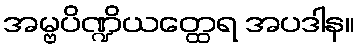
အမ္ဗပိဏ္ဍိယတ္ထေရ အပဒါန။